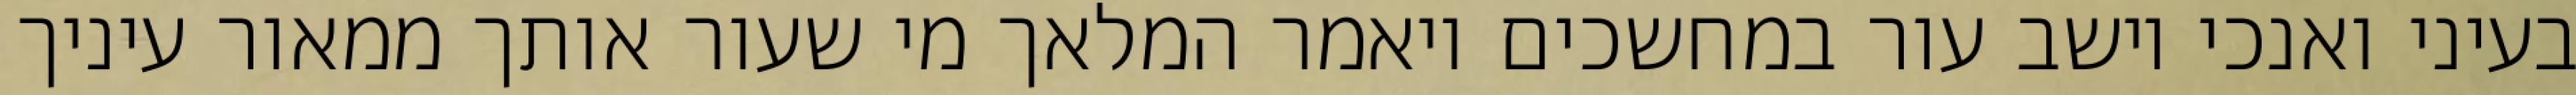
בעיני ואנכי יושב עור במחשכים ויאמר המלאך מי שעור אותך ממאור עיניך